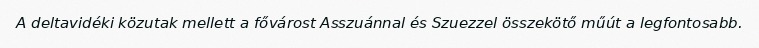
A deltavidéki közutak mellett a fővárost Asszuánnal és Szuezzel összekötő műút a legfontosabb.